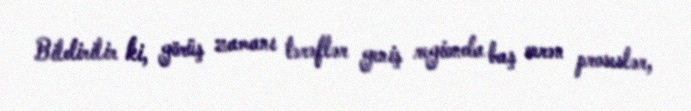
Bildirilir ki, görüş zamanı tərəflər geniş regionda baş verən proseslər,